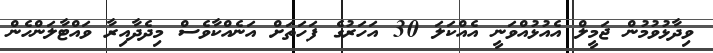
ވިދާޅުވުމުން ޖަމީލް އެއުޅުއްވަނީ އެއްކަލަ 30 އަހަރުގެ ފަހަތަށް އަނެއްކާވެސް މިދެދާއިރާ ވައްޓާލަންހެން